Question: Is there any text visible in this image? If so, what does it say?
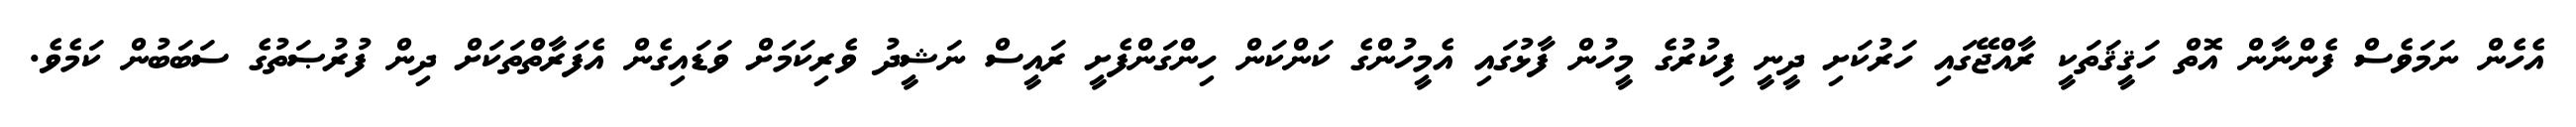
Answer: އެހެން ނަމަވެސް ފެންނާން އޮތް ހަޤީޤަތަކީ ރާއްޖޭގައި ހަރުކަށި ދީނީ ފިކުރުގެ މީހުން ފާޅުގައި އެމީހުންގެ ކަންކަން ހިންގަންފެށީ ރައީސް ނަޝީދު ވެރިކަމަށް ވަޑައިގެން އެފަރާތްތަކަށް ދިން ފުރުޞަތުގެ ސަބަބުން ކަމެވެ.